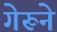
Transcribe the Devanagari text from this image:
गेरूने